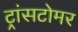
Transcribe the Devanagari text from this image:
ट्रांसटोमर